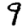
Digit: 9